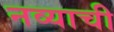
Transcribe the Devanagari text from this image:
नव्याची